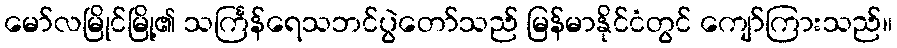
မော်လမြိုင်မြို့၏ သင်္ကြန်ရေသဘင်ပွဲတော်သည် မြန်မာနိုင်ငံတွင် ကျော်ကြားသည်။